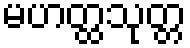
မဟတ္ထသုတ္တ